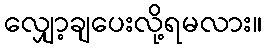
လျှော့ချပေးလို့ရမလား။